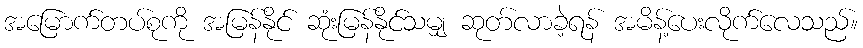
အမြောက်တပ်စုကို အမြန်နိုင် ဆုံးမြန်နိုင်သမျှ ဆုတ်လာခဲ့ရန် အမိန့်ပေးလိုက်လေသည်။